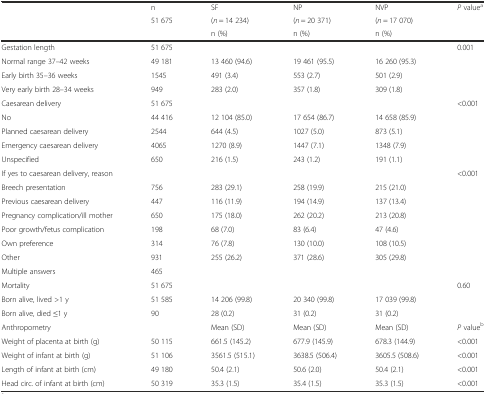
<table><thead><tr><td rowspan="3"></td><td><b>n</b></td><td><b>SF</b></td><td><b>NP</b></td><td><b>NVP</b></td><td><b><i>P</i> value<sup>a</sup></b></td></tr><tr><td><b>51 675</b></td><td><b>(<i>n</i> = 14 234)</b></td><td><b>(<i>n</i> = 20 371)</b></td><td><b>(<i>n</i> = 17 070)</b></td><td></td></tr><tr><td></td><td><b>n (%)</b></td><td><b>n (%)</b></td><td><b>n (%)</b></td><td></td></tr></thead><tbody><tr><td>Gestation length</td><td>51 675</td><td></td><td></td><td></td><td>0.001</td></tr><tr><td>Normal range 37–42 weeks</td><td>49 181</td><td>13 460 (94.6)</td><td>19 461 (95.5)</td><td>16 260 (95.3)</td><td></td></tr><tr><td>Early birth 35–36 weeks</td><td>1545</td><td>491 (3.4)</td><td>553 (2.7)</td><td>501 (2.9)</td><td></td></tr><tr><td>Very early birth 28–34 weeks</td><td>949</td><td>283 (2.0)</td><td>357 (1.8)</td><td>309 (1.8)</td><td></td></tr><tr><td>Caesarean delivery</td><td>51 675</td><td></td><td></td><td></td><td>&lt;0.001</td></tr><tr><td>No</td><td>44 416</td><td>12 104 (85.0)</td><td>17 654 (86.7)</td><td>14 658 (85.9)</td><td></td></tr><tr><td>Planned caesarean delivery</td><td>2544</td><td>644 (4.5)</td><td>1027 (5.0)</td><td>873 (5.1)</td><td></td></tr><tr><td>Emergency caesarean delivery</td><td>4065</td><td>1270 (8.9)</td><td>1447 (7.1)</td><td>1348 (7.9)</td><td></td></tr><tr><td>Unspecified</td><td>650</td><td>216 (1.5)</td><td>243 (1.2)</td><td>191 (1.1)</td><td></td></tr><tr><td>If yes to caesarean delivery, reason</td><td></td><td></td><td></td><td></td><td>&lt;0.001</td></tr><tr><td>Breech presentation</td><td>756</td><td>283 (29.1)</td><td>258 (19.9)</td><td>215 (21.0)</td><td></td></tr><tr><td>Previous caesarean delivery</td><td>447</td><td>116 (11.9)</td><td>194 (14.9)</td><td>137 (13.4)</td><td></td></tr><tr><td>Pregnancy complication/ill mother</td><td>650</td><td>175 (18.0)</td><td>262 (20.2)</td><td>213 (20.8)</td><td></td></tr><tr><td>Poor growth/fetus complication</td><td>198</td><td>68 (7.0)</td><td>83 (6.4)</td><td>47 (4.6)</td><td></td></tr><tr><td>Own preference</td><td>314</td><td>76 (7.8)</td><td>130 (10.0)</td><td>108 (10.5)</td><td></td></tr><tr><td>Other</td><td>931</td><td>255 (26.2)</td><td>371 (28.6)</td><td>305 (29.8)</td><td></td></tr><tr><td>Multiple answers</td><td>465</td><td></td><td></td><td></td><td></td></tr><tr><td>Mortality</td><td>51 675</td><td></td><td></td><td></td><td>0.60</td></tr><tr><td>Born alive, lived &gt;1 y</td><td>51 585</td><td>14 206 (99.8)</td><td>20 340 (99.8)</td><td>17 039 (99.8)</td><td></td></tr><tr><td>Born alive, died ≤1 y</td><td>90</td><td>28 (0.2)</td><td>31 (0.2)</td><td>31 (0.2)</td><td></td></tr><tr><td>Anthropometry</td><td></td><td>Mean (SD)</td><td>Mean (SD)</td><td>Mean (SD)</td><td><i>P</i> value<sup>b</sup></td></tr><tr><td>Weight of placenta at birth (g)</td><td>50 115</td><td>661.5 (145.2)</td><td>677.9 (145.9)</td><td>678.3 (144.9)</td><td>&lt;0.001</td></tr><tr><td>Weight of infant at birth (g)</td><td>51 106</td><td>3561.5 (515.1)</td><td>3638.5 (506.4)</td><td>3605.5 (508.6)</td><td>&lt;0.001</td></tr><tr><td>Length of infant at birth (cm)</td><td>49 180</td><td>50.4 (2.1)</td><td>50.6 (2.0)</td><td>50.4 (2.1)</td><td>&lt;0.001</td></tr><tr><td>Head circ. of infant at birth (cm)</td><td>50 319</td><td>35.3 (1.5)</td><td>35.4 (1.5)</td><td>35.3 (1.5)</td><td>&lt;0.001</td></tr></tbody></table>